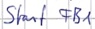
Text: Start FB1